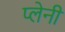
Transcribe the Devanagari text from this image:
प्लेनी